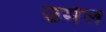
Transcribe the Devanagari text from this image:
उर्मल